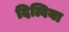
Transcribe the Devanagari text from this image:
दित्विया